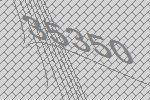
35350